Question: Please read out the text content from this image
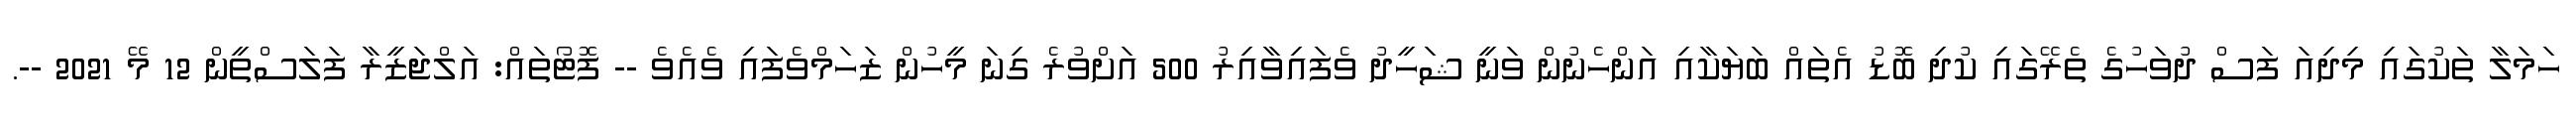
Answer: ހަމަލާ ތަކުގައި މިދިއަ ފަސް ދުވަހުގެ ތެރޭގައި ކުދި ބޮޑު އެތައް ބަޔަކާއި އަންހެނުން ވަނީ ޝަހީދު ވެފައިވާއިރު 500 އަށްވުރެ ގިނަ މީހުން ޒަހަމްވެފައި ވެއެވެ -- ފޮޓޯތައް: އަލްޖަޒީރާ ފަލަސްތީން 12 މޭ 2021 --.